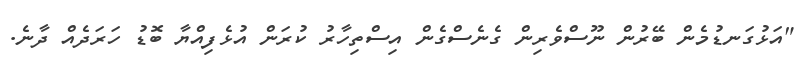
"އަޅުގަނޑުމެން ބޭރުން ނޫސްވެރިން ގެނެސްގެން އިސްތިހާރު ކުރަން އުޅެފިއްޔާ ބޮޑު ހަރަދެއް ދާނެ.